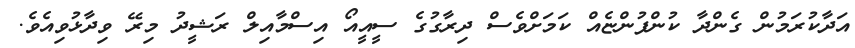
އަދާކުރަމުން ގެންދާ ކުންފުންޏެއް ކަމަށްވެސް ދިރާގުގެ ސީއީއޯ އިސްމާއިލް ރަޝީދު މިރޭ ވިދާޅުވިއެވެ.